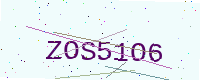
Text: ZOS51O6